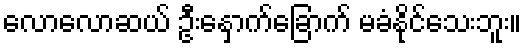
လောလောဆယ် ဦးနှောက်ခြောက် မခံနိုင်သေးဘူး။